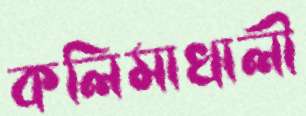
কলিমাখালী